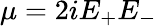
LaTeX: \mu=2iE_{+}E_{-}